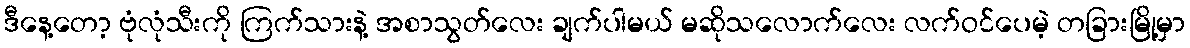
ဒီနေ့တော့ ဗုံလုံသီးကို ကြက်သားနဲ့ အစာသွတ်လေး ချက်ပါမယ် မဆိုသလောက်လေး လက်ဝင်ပေမဲ့ တခြားမြို့မှာ